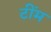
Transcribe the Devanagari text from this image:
टींम